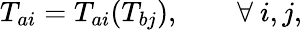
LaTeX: T_{ai}=T_{ai}(T_{bj}),\qquad\forall\ i,j,